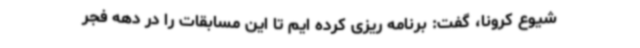
شیوع کرونا، گفت: برنامه ریزی کرده ایم تا این مسابقات را در دهه فجر